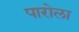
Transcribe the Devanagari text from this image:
पारोला